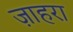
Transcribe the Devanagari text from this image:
ज़ाहरा